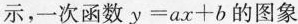
示，一次函数$$ y=ax+b $$的图象